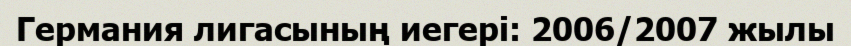
Германия лигасының иегері: 2006/2007 жылы